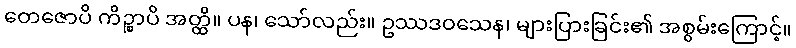
တေဇောပိ ကိဉ္စာပိ အတ္ထိ။ ပန၊ သော်လည်း။ ဥဿဒဝသေန၊ များပြားခြင်း၏ အစွမ်းကြောင့်။